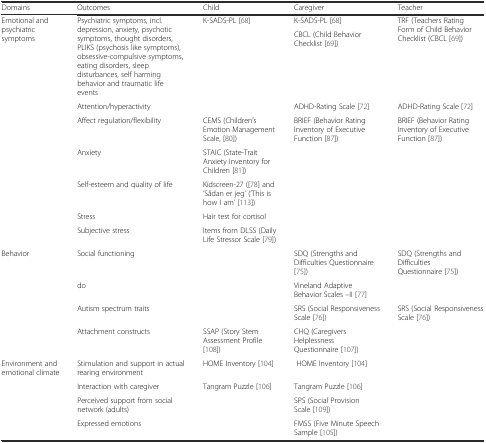
<table><thead><tr><td><b>Domains</b></td><td><b>Outcomes</b></td><td><b>Child</b></td><td><b>Caregiver</b></td><td><b>Teacher</b></td></tr></thead><tbody><tr><td rowspan="2">Emotional and psychiatric symptoms</td><td rowspan="2">Psychiatric symptoms, incl. depression, anxiety, psychotic symptoms, thought disorders, PLIKS (psychosis like symptoms), obsessive-compulsive symptoms, eating disorders, sleep disturbances, self harming behavior and traumatic life events</td><td rowspan="2">K-SADS-PL [68]</td><td>K-SADS-PL [68]</td><td rowspan="2">TRF (Teachers Rating Form of Child Behavior Checklist (CBCL [69])</td></tr><tr><td>CBCL (Child Behavior Checklist [69])</td></tr><tr><td>[EMPTY_CELL]</td><td>Attention/hyperactivity</td><td>[EMPTY_CELL]</td><td>ADHD-Rating Scale [72]</td><td>ADHD-Rating Scale [72]</td></tr><tr><td>[EMPTY_CELL]</td><td>Affect regulation/flexibility</td><td>CEMS (Children’s Emotion Management Scale, [80])</td><td>BRIEF (Behavior Rating Inventory of Executive Function [87])</td><td>BRIEF (Behavior Rating Inventory of Executive Function [87])</td></tr><tr><td>[EMPTY_CELL]</td><td>Anxiety</td><td>STAIC (State-Trait Anxiety Inventory for Children [81])</td><td>[EMPTY_CELL]</td><td>[EMPTY_CELL]</td></tr><tr><td>[EMPTY_CELL]</td><td>Self-esteem and quality of life</td><td>Kidscreen-27 ([78] and ‘Sådan er jeg’ (‘This is how I am’ [113])</td><td>[EMPTY_CELL]</td><td>[EMPTY_CELL]</td></tr><tr><td>[EMPTY_CELL]</td><td>Stress</td><td>Hair test for cortisol</td><td>[EMPTY_CELL]</td><td>[EMPTY_CELL]</td></tr><tr><td>[EMPTY_CELL]</td><td>Subjective stress</td><td>Items from DLSS (Daily Life Stressor Scale [79])</td><td>[EMPTY_CELL]</td><td>[EMPTY_CELL]</td></tr><tr><td>Behavior</td><td>Social functioning</td><td>[EMPTY_CELL]</td><td>SDQ (Strengths and Difficulties Questionnaire [75])</td><td>SDQ (Strengths and Difficulties Questionnaire [75])</td></tr><tr><td>[EMPTY_CELL]</td><td>do</td><td>[EMPTY_CELL]</td><td>Vineland Adaptive Behavior Scales –II [77]</td><td>[EMPTY_CELL]</td></tr><tr><td>[EMPTY_CELL]</td><td>Autism spectrum traits</td><td>[EMPTY_CELL]</td><td>SRS (Social Responsiveness Scale [76])</td><td>SRS (Social Responsiveness Scale [76])</td></tr><tr><td>[EMPTY_CELL]</td><td>Attachment constructs</td><td>SSAP (Story Stem Assessment Profile [108])</td><td>CHQ (Caregivers Helplessness Questionnaire [107])</td><td>[EMPTY_CELL]</td></tr><tr><td>Environment and emotional climate</td><td>Stimulation and support in actual rearing environment</td><td>HOME Inventory [104]</td><td> HOME Inventory [104]</td><td>[EMPTY_CELL]</td></tr><tr><td>[EMPTY_CELL]</td><td>Interaction with caregiver</td><td>Tangram Puzzle [106]</td><td>Tangram Puzzle [106]</td><td>[EMPTY_CELL]</td></tr><tr><td>[EMPTY_CELL]</td><td>Perceived support from social network (adults)</td><td>[EMPTY_CELL]</td><td>SPS (Social Provision Scale [109])</td><td>[EMPTY_CELL]</td></tr><tr><td>[EMPTY_CELL]</td><td>Expressed emotions</td><td>[EMPTY_CELL]</td><td>FMSS (Five Minute Speech Sample [105])</td><td>[EMPTY_CELL]</td></tr></tbody></table>